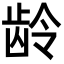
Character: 龄